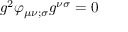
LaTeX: g ^ { 2 } \varphi _ { \mu \nu ; \sigma } g ^ { \nu \sigma } = 0